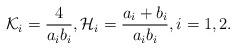
LaTeX: \begin{align*}\mathcal{K}_i=\frac{4}{a_ib_i}, \mathcal{H}_i=\frac{a_i+b_i}{a_ib_i}, i=1,2.\end{align*}